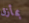
بمأزق